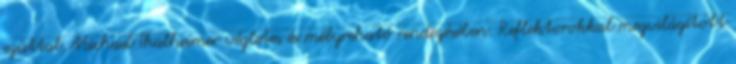
ezúttal Michael Thalheimer végletes és mélyreható rendezésében. Reflektorokkal megvilágított